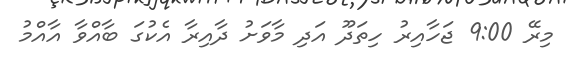
މިރޭ 9:00 ޖަހާއިރު ހިތަދޫ އަދި މާވަށު ދާއިރާ އެކުގަ ބާއްވާ އާއްމު